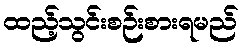
ထည့်သွင်းစဉ်းစားရမည်